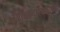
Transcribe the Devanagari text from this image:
शिक्षणसेवकांच्या